Madras marine plague regulations
Disease focus: Plague
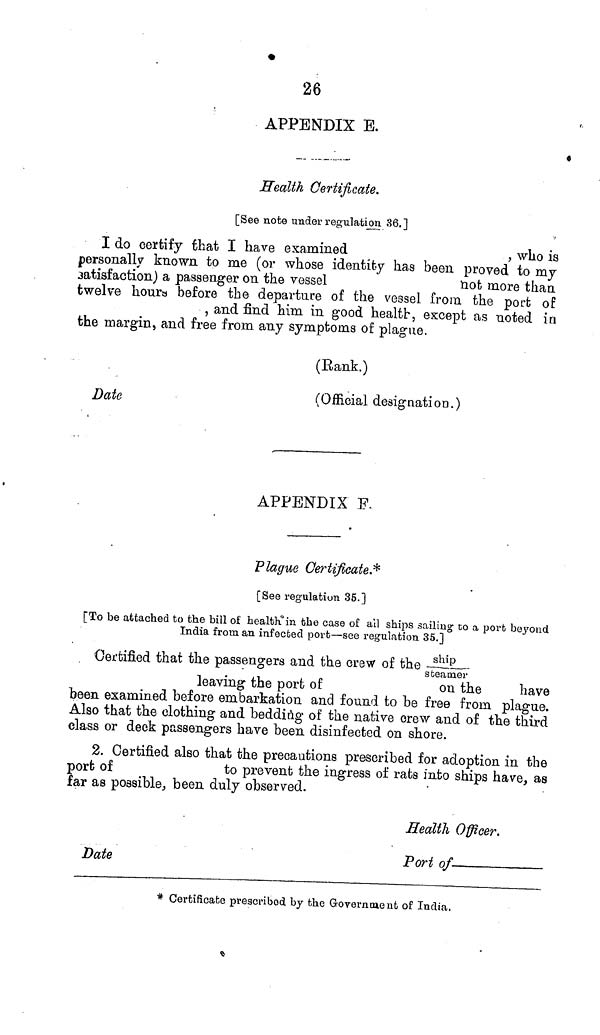
W
26
APPENDIX E.
Health Certificate.
[See note under regulation 36.]
I do certify that I have examined
, who is
personally known to me (or whose identity has been proved to my
satisfaction) a passenger on the vessel
not more than
twelve hours before the departure of the vessel from the port of
, and find him in good health, except as noted in
the margin, and free from any symptoms of plague.
(Rank.)
Date
(Official designation.)
APPENDIX F.
Plague Certificate.*
[See regulation 35.]
[To be attached to the bill of health in the case of all ships sailing to a port beyond
India from an infected port—see regulation 35.]
Certified that the passengers and the crew of the ship/steamer
leaving the port of
on the
have
been examined before embarkation and found to be free from plague.
Also that the clothing and bedding of the native crew and of the third
class or deck passengers have been disinfected on shore.
2. Certified also that the precautions prescribed for adoption in the
port of
to prevent the ingress of rats into ships have, as
far as possible., been duly observed.
Health Officer.
Date
Port of
* Certificate prescribed by the Government of India.